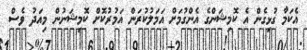
އެކަމާ ގުޅިގެން އެ ކޮމިޝަންގެ އެންގުމަށް އަމަލުކުރަން އަމުރުކޮށް ކޮމިޝަނުން މިއަދު ވެސް